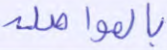
بالمواصلة